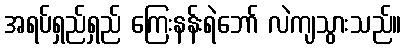
အရပ်ရှည်ရှည် ကြေးနန်းရဲဘော် လဲကျသွားသည်။